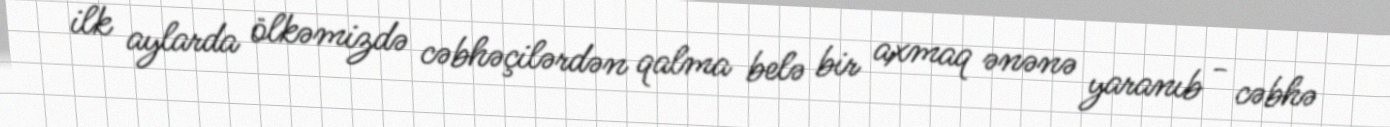
ilk aylarda ölkəmizdə cəbhəçilərdən qalma belə bir axmaq ənənə yaranıb - cəbhə